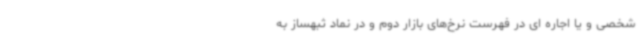
شخصی و یا اجاره ای در فهرست نرخ‌های بازار دوم و در نماد ثبهساز به